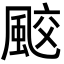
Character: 𩗒